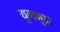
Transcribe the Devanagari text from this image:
युगमुद्रा